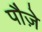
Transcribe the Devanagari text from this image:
पौज़े